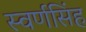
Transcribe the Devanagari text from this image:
स्वर्णसिंह